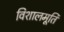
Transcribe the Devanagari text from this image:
विशालमूर्ति